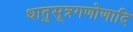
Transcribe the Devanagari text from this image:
धातुसूत्रगणोणादि